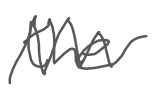
Text: the
Cross-out: mix
Writing tool: digital_gray